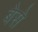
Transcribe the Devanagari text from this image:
बेसे